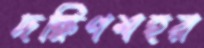
দক্ষিণশহর